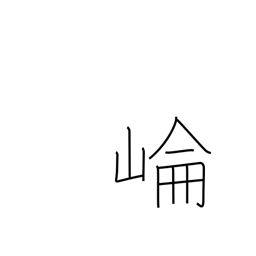
Meaning: Kunlun mountains in Jiangsu